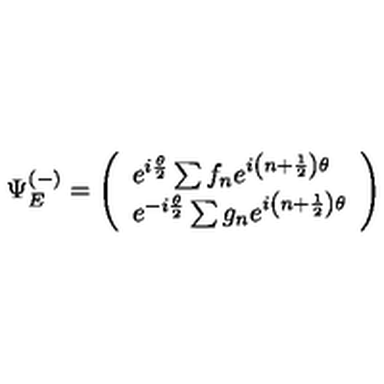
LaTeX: \Psi _ { E } ^ { ( - ) } = \left( \begin{array} { l } { e ^ { i \frac { \theta } { 2 } } \sum f _ { n } e ^ { i \left( n + \frac { 1 } { 2 } \right) \theta } } \\ { e ^ { - i \frac { \theta } { 2 } } \sum g _ { n } e ^ { i \left( n + \frac { 1 } { 2 } \right) \theta } } \\ \end{array} \right)